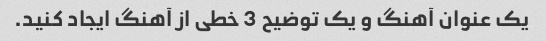
یک عنوان آهنگ و یک توضیح 3 خطی از آهنگ ایجاد کنید.